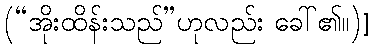
(“အိုးထိန်းသည်”ဟုလည်း ခေါ်၏။)]